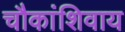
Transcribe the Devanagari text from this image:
चौकांशिवाय